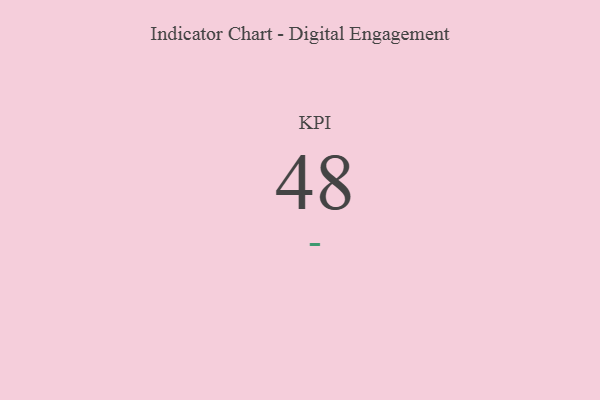
{"axis": {"x": "KPI", "y": "Value"}, "legend": [""], "data": [{"x": "KPI", "y": 48, "type": ""}]}